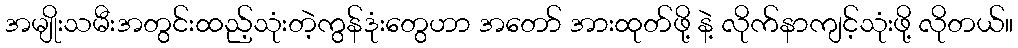
အမျိုးသမီးအတွင်းထည့်သုံးတဲ့ကွန်ဒုံးတွေဟာ အတော် အားထုတ်ဖို့ နဲ့ လိုက်နာကျင့်သုံးဖို့ လိုတယ်။